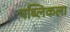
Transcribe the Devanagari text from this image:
पब्लिकला